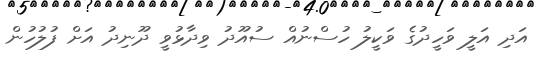
އަދި އަލީ ވަހީދުގެ ވަކީލު ހުސްނުއް ސުއޫދު ވިދާޅުވީ ދޫނިދު އަށް ފުލުހުން